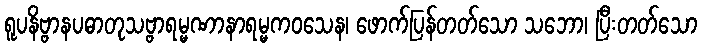
ရူပနိဗ္ဗာနပဓာတုသဗ္ဗာရမ္မဏာနာရမ္မကဝသေန၊ ဖောက်ပြန်တတ်သော သဘော၊ ပြီးတတ်သော